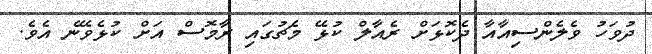
ދުވަހު ވެލެންސިއާއާ ދެކޮޅަށް ރެއާލް ކުޅޭ މެޗުގައި ރާމޮސް އަށް ކުޅެވޭނެ އެވެ.